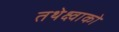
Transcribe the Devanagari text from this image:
तथेक्ष्वाको